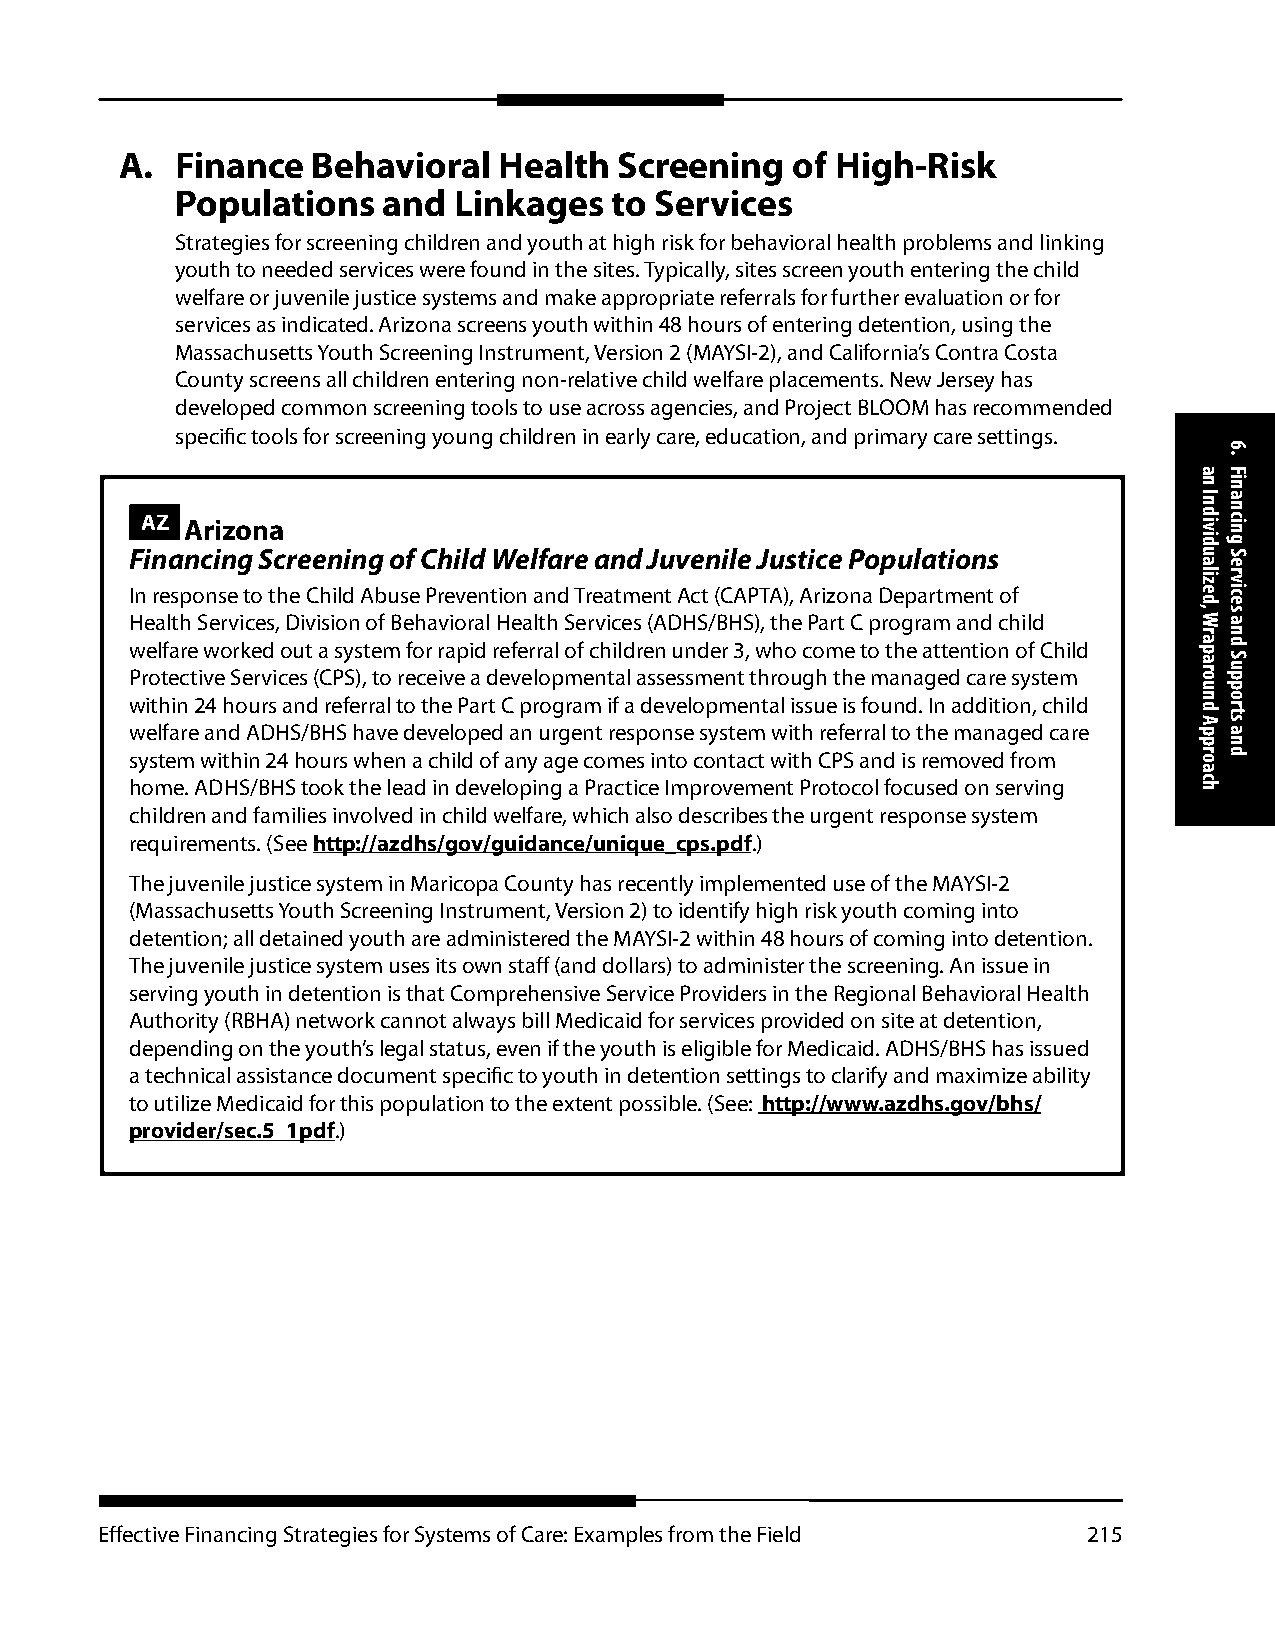
A.  Finance  Behavioral  Health  Screening  of High-Risk
 Populations  and  Linkages   to Services
 Strategies for screening children and youth at high risk for behavioral health problems and linking
 youth to needed services were found in the sites. Typically, sites screen youth entering the child
 welfare or juvenile justice systems and make appropriate referrals for further evaluation or for
 services as indicated. Arizona screens youth within 48 hours of entering detention, using the
 Massachusetts Youth Screening Instrument, Version 2 (MAYSI-2), and California’s Contra Costa
 County screens all children entering non-relative child welfare placements. New Jersey has
 developed common screening tools to use across agencies, and Project BLOOM has recommended
 specific tools for screening young children in early care, education, and primary care settings.
 AZ Arizona
 Financing Screening of Child Welfare and Juvenile Justice Populations
 In response to the Child Abuse Prevention and Treatment Act (CAPTA), Arizona Department of
 Health Services, Division of Behavioral Health Services (ADHS/BHS), the Part C program and child
 welfare worked out a system for rapid referral of children under 3, who come to the attention of Child
 Protective Services (CPS), to receive a developmental assessment through the managed care system
 within 24 hours and referral to the Part C program if a developmental issue is found. In addition, child
 welfare and ADHS/BHS have developed an urgent response system with referral to the managed care
 system within 24 hours when a child of any age comes into contact with CPS and is removed from
 home. ADHS/BHS took the lead in developing a Practice Improvement Protocol focused on serving
 children and families involved in child welfare, which also describes the urgent response system
 requirements. (See http://azdhs/gov/guidance/unique_cps.pdf.)
 The juvenile justice system in Maricopa County has recently implemented use of the MAYSI-2
 (Massachusetts Youth Screening Instrument, Version 2) to identify high risk youth coming into
 detention; all detained youth are administered the MAYSI-2 within 48 hours of coming into detention.
 The juvenile justice system uses its own staff (and dollars) to administer the screening. An issue in
 serving youth in detention is that Comprehensive Service Providers in the Regional Behavioral Health
 Authority (RBHA) network cannot always bill Medicaid for services provided on site at detention,
 depending on the youth’s legal status, even if the youth is eligible for Medicaid. ADHS/BHS has issued
 a technical assistance document specific to youth in detention settings to clarify and maximize ability
 to utilize Medicaid for this population to the extent possible. (See: http://www.azdhs.gov/bhs/
 provider/sec.5_1pdf.)
 Effective Financing Strategies for Systems of Care: Examples from the Field 215
 an
 Individualized,
 Wraparound
 Approach
 6.
 Financing
 Services
 and
 Supports
 and